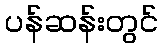
ပန်ဆန်းတွင်